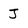
Character: J